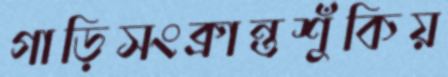
গাড়িসংক্রান্তশুঁকিয়